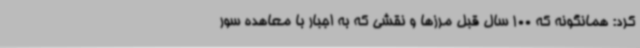
کرد: همانگونه که 100 سال قبل مرزها و نقشی که به اجبار با معاهده سور